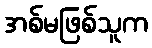
အစ်မဖြစ်သူက